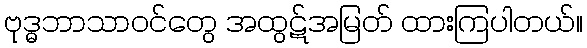
ဗုဒ္ဓဘာသာဝင်တွေ အထွဋ်အမြတ် ထားကြပါတယ်။